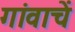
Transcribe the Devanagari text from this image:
गांवाचें